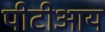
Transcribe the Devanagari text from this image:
पीटीआय